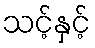
သင့်နှင့်